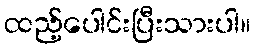
ထည့်ပေါင်းပြီးသားပါ။